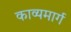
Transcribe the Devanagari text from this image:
काव्यमार्ग